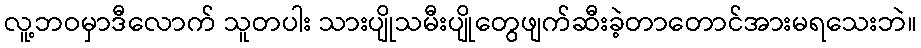
လူ့ဘဝမှာဒီလောက် သူတပါး သားပျိုသမီးပျိုတွေဖျက်ဆီးခဲ့တာတောင်အားမရသေးဘဲ။